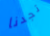
تجدنا